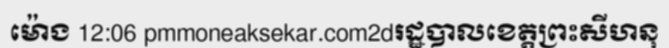
ម៉ោង 12:06 pmmoneaksekar.com2dរដ្ឋបាលខេត្តព្រះសីហនុ